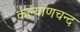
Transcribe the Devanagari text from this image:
कल्याणचन्द